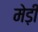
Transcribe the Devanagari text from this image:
मेड़ी